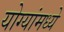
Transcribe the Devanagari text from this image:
योग्यांमध्ये